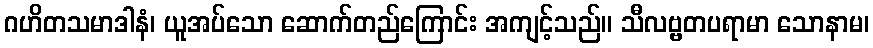
ဂဟိတသမာဒါနံ၊ ယူအပ်သော ဆောက်တည်ကြောင်း အကျင့်သည်။ သီလဗ္ဗတပရာမာ သောနာမ၊